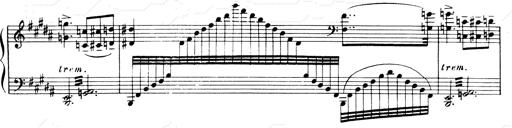
Title: Andante Finale und Marsch aus der Oper KÃ¶nig Alfred
Composer: Franz Liszt